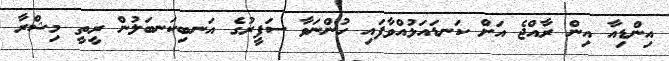
އިންޑިއާ އިން ރާއްޖެ އަށް ކަނޑައަޅުއްވާފައި ހުންނަވާ ސަފީރުގެ އަނބިކަނބަލުން ރީތީ މިޝްރާ